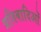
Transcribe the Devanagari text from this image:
प्रतिवादिओं